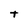
Character: t